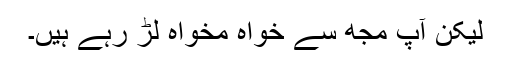
لیکن آپ مجھ سے خواہ مخواہ لڑ رہے ہیں۔